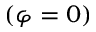
( \varphi = 0 )